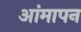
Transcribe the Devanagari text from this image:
आंमापन